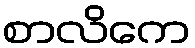
စာလိကေ